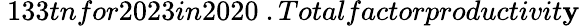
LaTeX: \ 133tnfor2023in2020\ .Totalfactorproductivit\mathbf{y}